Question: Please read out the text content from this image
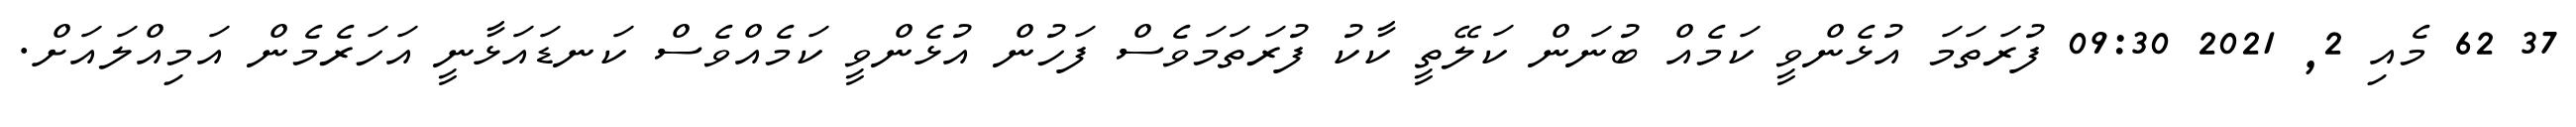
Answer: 37 62 މެއި 2, 2021 09:30 ފުރަތަމަ އުޅެންވީ ކަމެއް ބުނަން ކަލޭތީ ކާކު ފުރަތަމަވެސް ފަހުން އުޅެންވީ ކަމެއްވެސް ކަނޑައަޅާނީ އަހަރެމެން އަމިއްލައަށް.